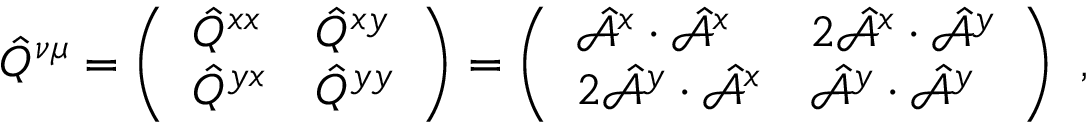
\hat { Q } ^ { \nu \mu } = \left( \begin{array} { l l } { \hat { Q } ^ { x x } } & { \hat { Q } ^ { x y } } \\ { \hat { Q } ^ { y x } } & { \hat { Q } ^ { y y } } \end{array} \right) = \left( \begin{array} { l l } { \hat { \mathcal { A } } ^ { x } \cdot \hat { \mathcal { A } } ^ { x } } & { 2 \hat { \mathcal { A } } ^ { x } \cdot \hat { \mathcal { A } } ^ { y } } \\ { 2 \hat { \mathcal { A } } ^ { y } \cdot \hat { \mathcal { A } } ^ { x } } & { \hat { \mathcal { A } } ^ { y } \cdot \hat { \mathcal { A } } ^ { y } } \end{array} \right) \mathrm { ~ , ~ }